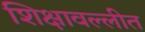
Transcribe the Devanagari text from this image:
शिक्षावल्लीत